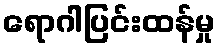
ရောဂါပြင်းထန်မှု